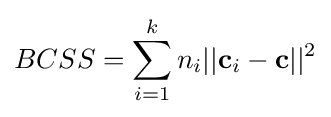
BCSS=\sum _{i=1}^{k}n_{i}||\mathbf {c} _{i}-\mathbf {c} ||^{2}